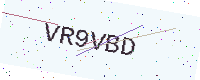
Text: VR9VBD